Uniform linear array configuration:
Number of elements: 48
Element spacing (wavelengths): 1
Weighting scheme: kaiser
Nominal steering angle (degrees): -15
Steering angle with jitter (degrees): -15.655
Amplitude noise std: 0.05
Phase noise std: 0.05

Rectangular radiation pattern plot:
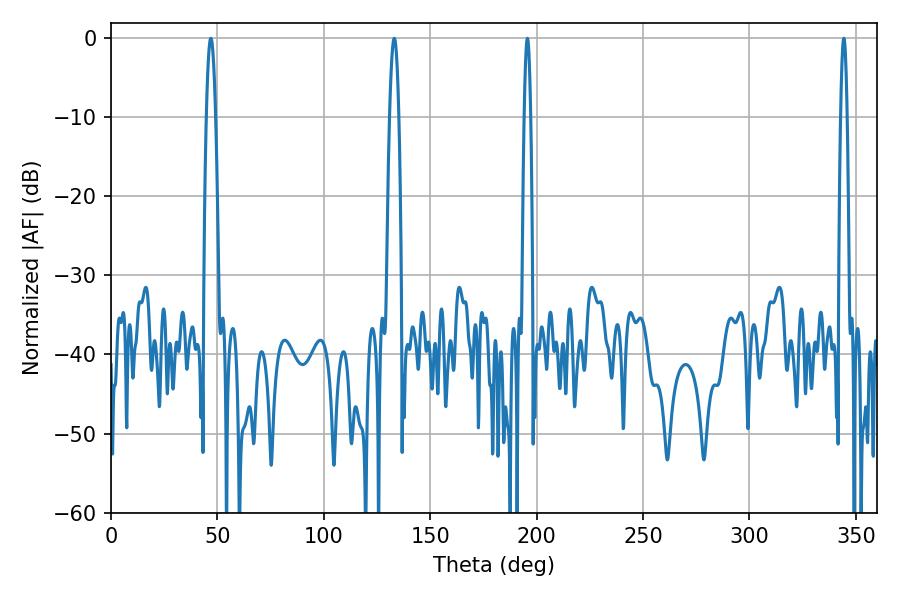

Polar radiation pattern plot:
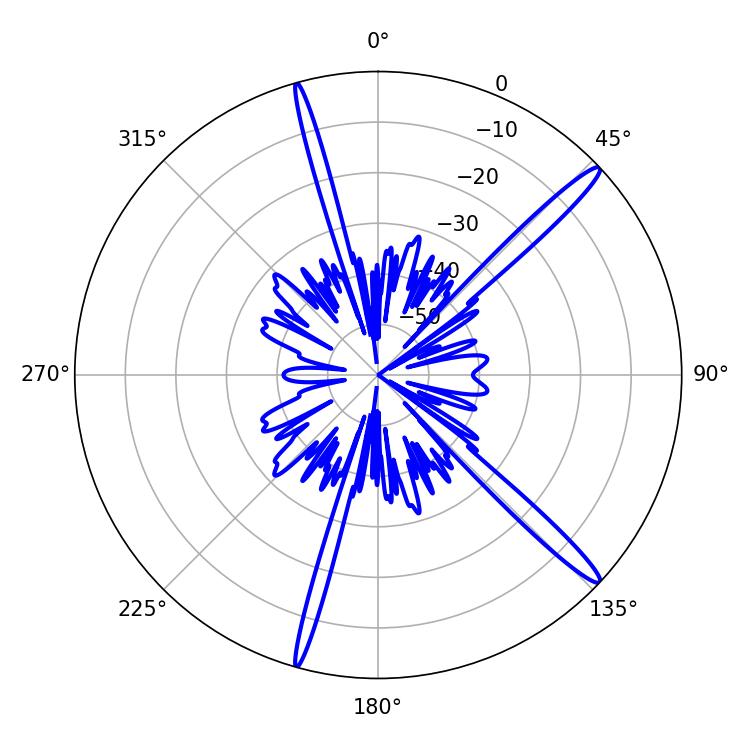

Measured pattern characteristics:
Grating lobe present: TRUE
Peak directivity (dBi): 16.095
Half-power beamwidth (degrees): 1.44
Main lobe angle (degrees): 195.66